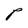
Character: P